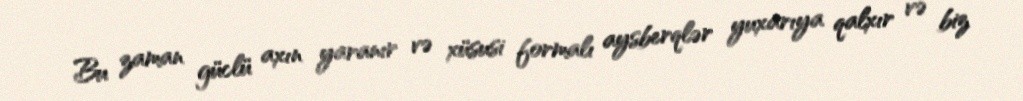
Bu zaman güclü axın yaranır və xüsusi formalı aysberqlər yuxarıya qalxır və biz